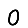
Digit: 0